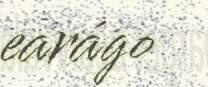
earágo